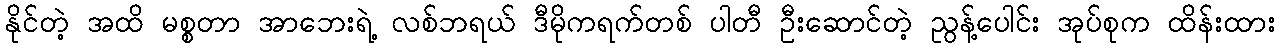
နိုင်တဲ့ အထိ မစ္စတာ အာဘေးရဲ့ လစ်ဘရယ် ဒီမိုကရက်တစ် ပါတီ ဦးဆောင်တဲ့ ညွန့်ပေါင်း အုပ်စုက ထိန်းထား